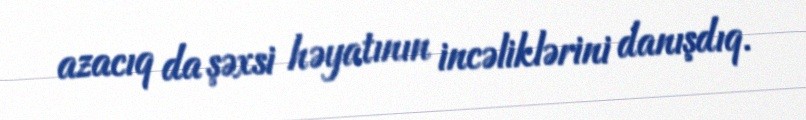
azacıq da şəxsi həyatının incəliklərini danışdıq.